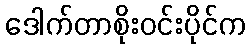
ဒေါက်တာစိုးဝင်းပိုင်က